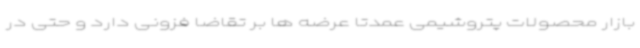
بازار محصولات پتروشیمی عمدتا عرضه ها بر تقاضا فزونی دارد و حتی در